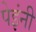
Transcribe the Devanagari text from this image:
पेइंनी